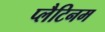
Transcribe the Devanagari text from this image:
प्‍लैटिनम